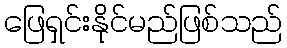
ဖြေရှင်းနိုင်မည်ဖြစ်သည်